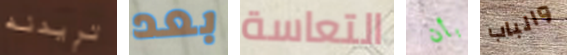
تريدنه بعد التعاسة بأن والباب